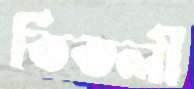
তিতলী